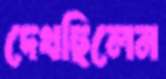
দেখছিলেন